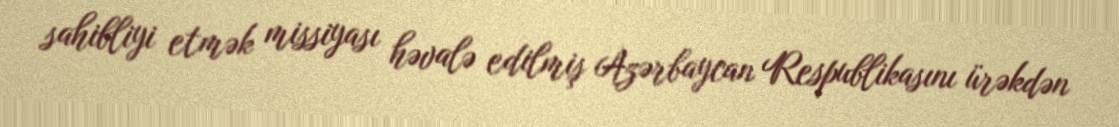
sahibliyi etmək missiyası həvalə edilmiş Azərbaycan Respublikasını ürəkdən